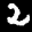
Label: 2